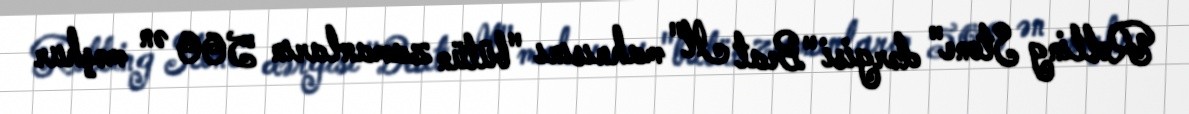
Rolling Stone" dərgisi "Beat It" mahnısını "bütün zamanların 500 ən məşhur